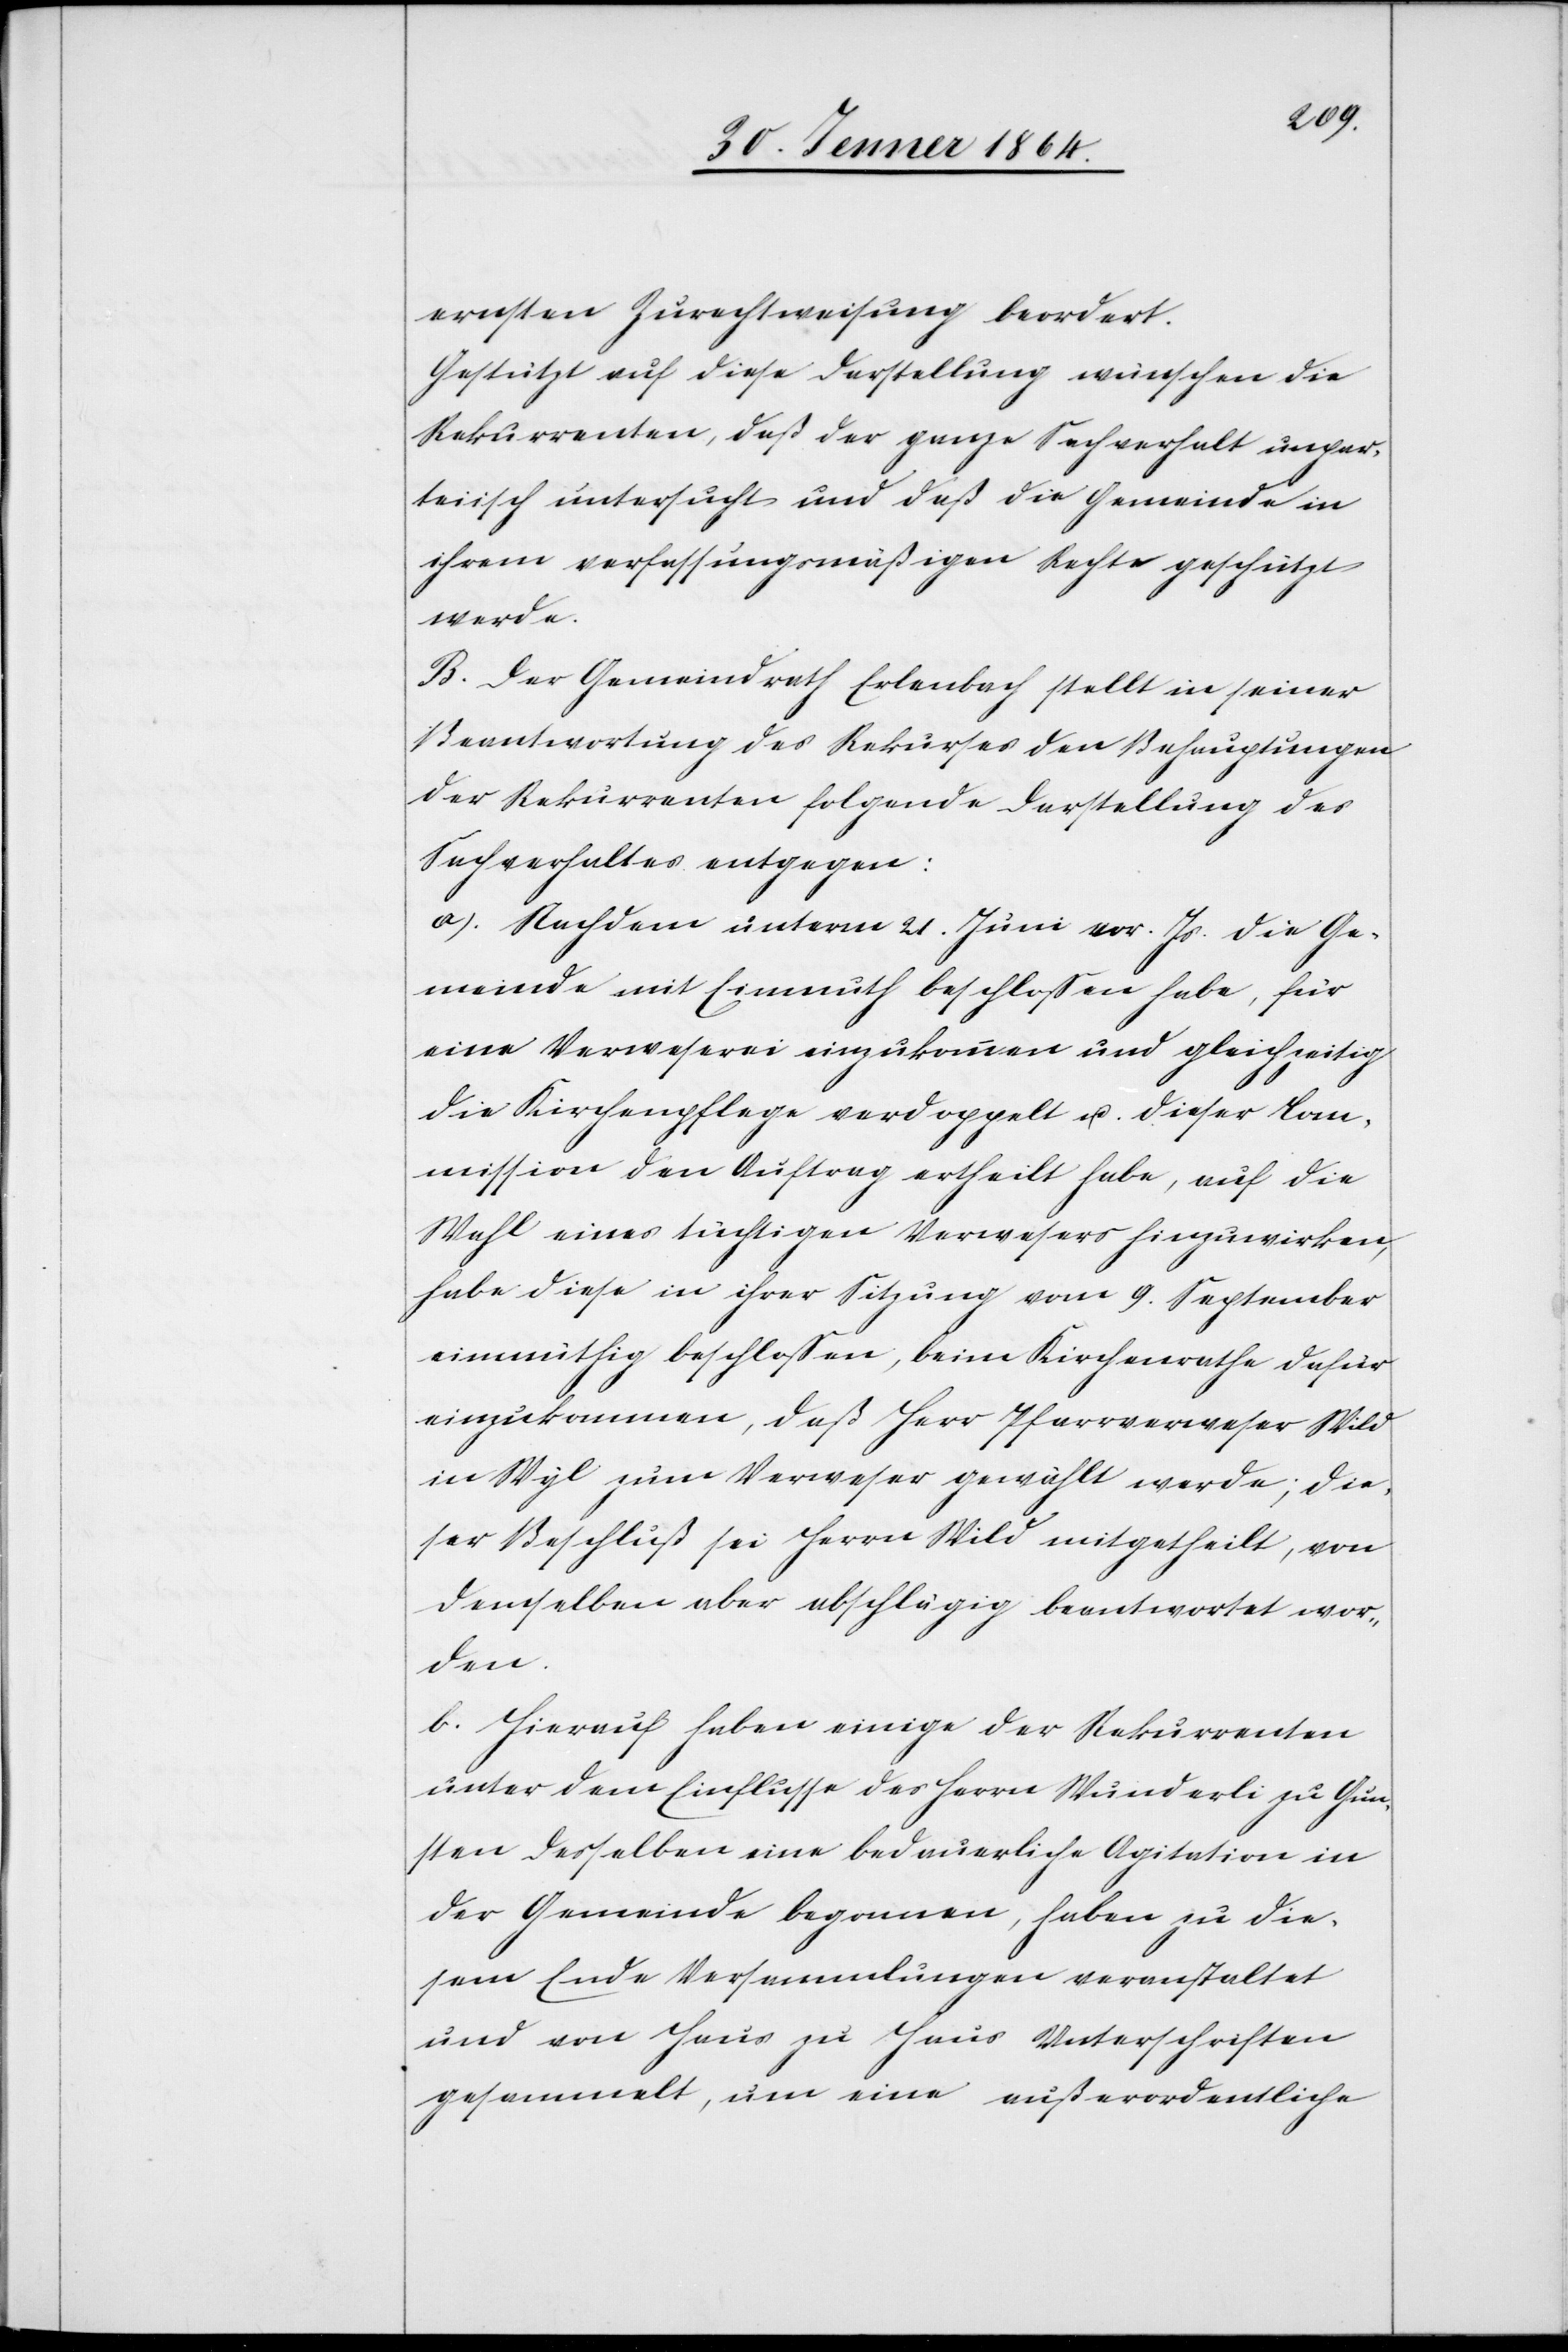
ernsten Zurechtweisung beordert.
Gestützt auf diese Darstellung wünschen die
Rekurrenten, daß der ganze Sachverhalt unpar¬
teiisch untersucht und daß die Gemeinde in
ihrem verfassungsmäßigen Rechte geschützt
werde.
B. Der Gemeindrath Erlenbach stellt in seiner
Beantwortung des Rekurses den Behauptungen
der Rekurrenten folgende Darstellung des
Sachverhaltes entgegen:
a.) Nachdem unterm 21. Juni vor. Js. die Ge¬
meinde mit Einmuth beschlossen habe, für
eine Verweserei einzukommen und gleichzeitig
die Kirchenpflege verdoppelt u. dieser Com¬
mission den Auftrag ertheilt habe, auf die
Wahl eines tüchtigen Verwesers hinzuwirken,
habe diese in ihrer Sitzung vom 9. September
einmüthig beschlossen, beim Kirchenrathe dafür
einzukommen, daß Herr Pfarrverweser Wild
in Wyl zum Verweser gewählt werde; die¬
ser Beschluß sei Herrn Wild mitgetheilt, von
demselben aber abschlägig beantwortet wor¬
den.
b.) Hierauf haben einige der Rekurrenten
unter dem Einflusse des Herrn Wunderli zu Gun¬
sten desselben eine bedauerliche Agitation in
der Gemeinde begonnen, haben zu die¬
sem Ende Versammlungen veranstaltet
und von Haus zu Haus Unterschriften
gesammelt, um eine außerordentliche